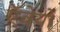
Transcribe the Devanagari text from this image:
ऍवेयो